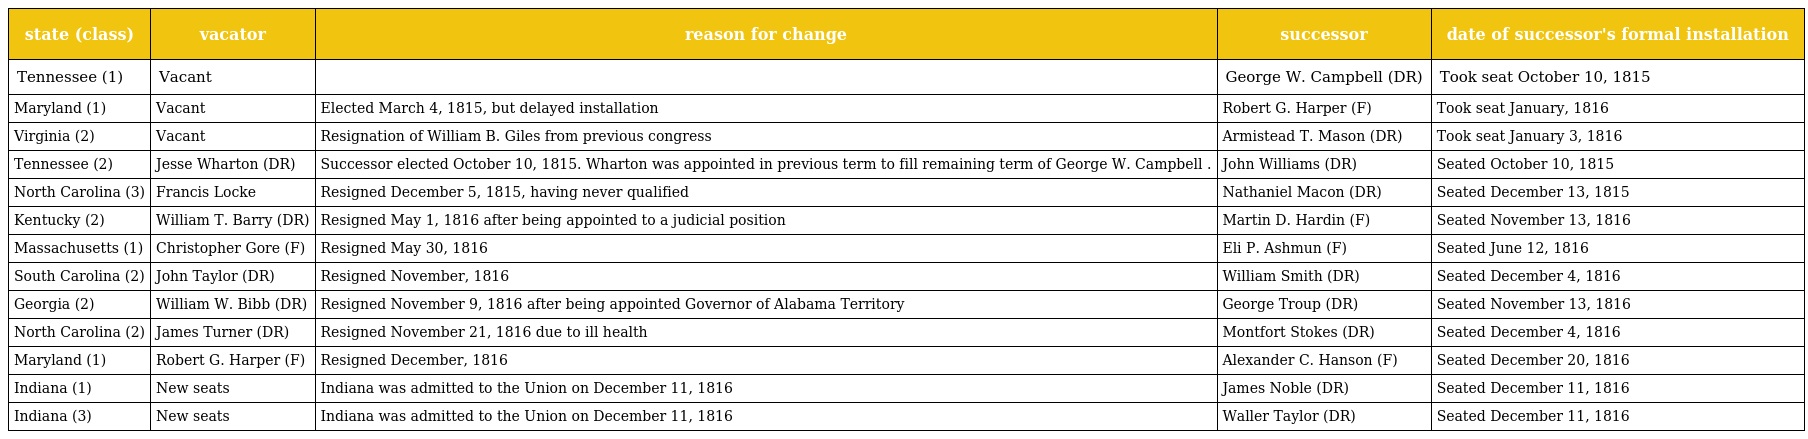
| state (class) | vacator | reason for change | successor | date of successor's formal installation |
 | --- | --- | --- | --- | --- |
 | Tennessee (1) | Vacant |  | George W. Campbell (DR) | Took seat October 10, 1815 |
 | Maryland (1) | Vacant | Elected March 4, 1815, but delayed installation | Robert G. Harper (F) | Took seat January, 1816 |
 | Virginia (2) | Vacant | Resignation of William B. Giles from previous congress | Armistead T. Mason (DR) | Took seat January 3, 1816 |
 | Tennessee (2) | Jesse Wharton (DR) | Successor elected October 10, 1815. Wharton was appointed in previous term to fill remaining term of George W. Campbell . | John Williams (DR) | Seated October 10, 1815 |
 | North Carolina (3) | Francis Locke | Resigned December 5, 1815, having never qualified | Nathaniel Macon (DR) | Seated December 13, 1815 |
 | Kentucky (2) | William T. Barry (DR) | Resigned May 1, 1816 after being appointed to a judicial position | Martin D. Hardin (F) | Seated November 13, 1816 |
 | Massachusetts (1) | Christopher Gore (F) | Resigned May 30, 1816 | Eli P. Ashmun (F) | Seated June 12, 1816 |
 | South Carolina (2) | John Taylor (DR) | Resigned November, 1816 | William Smith (DR) | Seated December 4, 1816 |
 | Georgia (2) | William W. Bibb (DR) | Resigned November 9, 1816 after being appointed Governor of Alabama Territory | George Troup (DR) | Seated November 13, 1816 |
 | North Carolina (2) | James Turner (DR) | Resigned November 21, 1816 due to ill health | Montfort Stokes (DR) | Seated December 4, 1816 |
 | Maryland (1) | Robert G. Harper (F) | Resigned December, 1816 | Alexander C. Hanson (F) | Seated December 20, 1816 |
 | Indiana (1) | New seats | Indiana was admitted to the Union on December 11, 1816 | James Noble (DR) | Seated December 11, 1816 |
 | Indiana (3) | New seats | Indiana was admitted to the Union on December 11, 1816 | Waller Taylor (DR) | Seated December 11, 1816 |